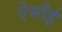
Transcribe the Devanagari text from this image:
ऐसौई